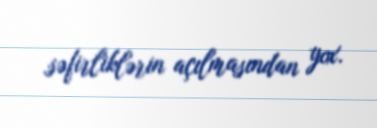
səfirliklərin açılmasından yox.